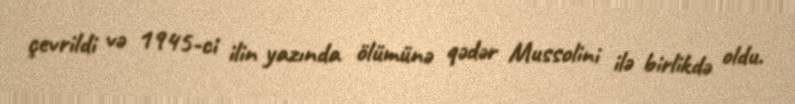
çevrildi və 1945-ci ilin yazında ölümünə qədər Mussolini ilə birlikdə oldu.